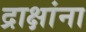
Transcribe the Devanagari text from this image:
द्राक्षांना